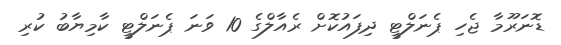
ޑޮނަރޫމާ ޖެހި ޕެނަލްޓީ ދިފައުކޮށް ރެއާލްގެ 10 ވަނަ ޕެނަލްޓީ ކާމިޔާބު ކުރި